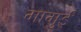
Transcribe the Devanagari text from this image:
मामुई